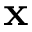
\mathbf { x }